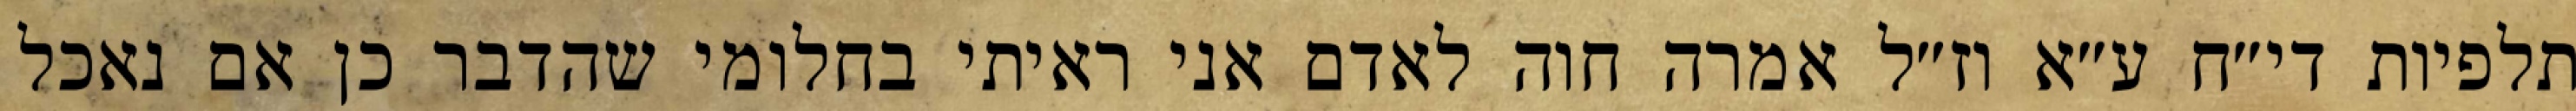
תלפיות די״ח ע״א וז״ל אמרה חוה לאדם אני ראיתי בחלומי שהדבר כן אם נאכל